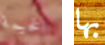
الخيمة بها